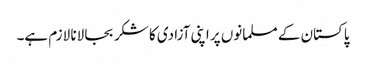
پاکستان کے مسلمانوں پر اپنی آزادی کا شکر بجا لانا لازم ہے۔